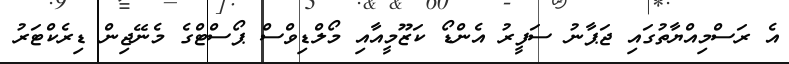
އެ ރަސްމިއްޔާތުގައި ޖަޕާނު ސަފީރު އެންޑޯ ކަޒޫމީއާއި މޯލްޑިވްސް ޕޯސްޓްގެ މެނޭޖިން ޑިރެކްޓަރު